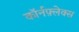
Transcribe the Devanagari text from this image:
कॉर्नफ़्लेक्स